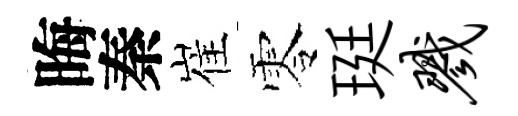
晦秦崔零珽戮